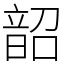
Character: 韶